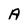
Character: A